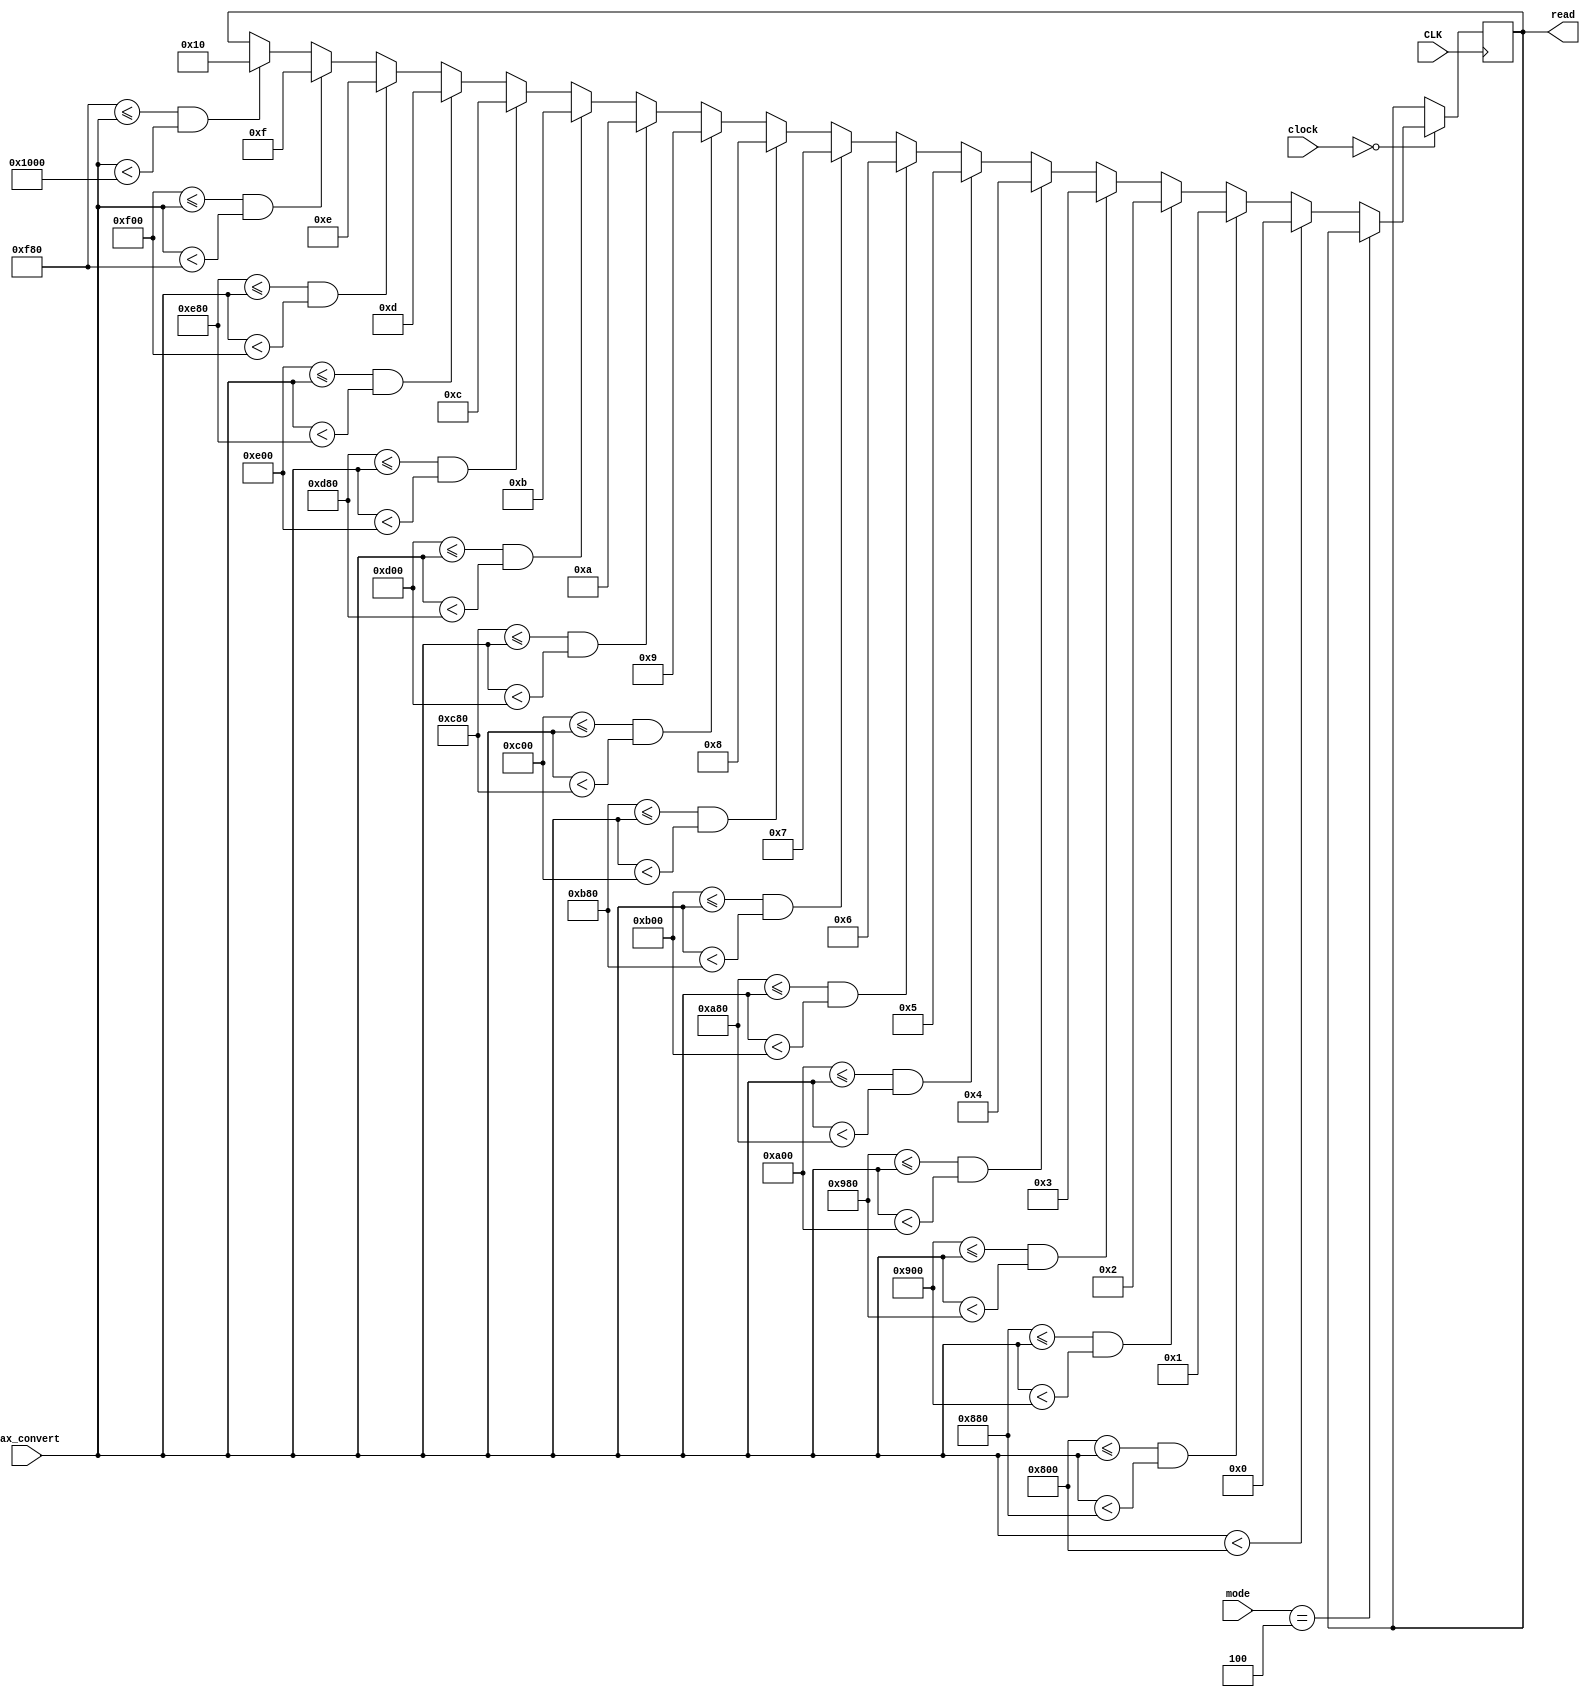
`timescale 1ns / 1ps
//////////////////////////////////////////////////////////////////////////////////
// Company: 
// Engineer: 
// 
// Design Name: 
// Module Name: Convert_max_mic_slow
// Project Name: 
// Target Devices: 
// Tool Versions: 
// Description: 
// 
// Dependencies: 
// 
// Revision:
// Revision 0.01 - File Created
// Additional Comments:
// 
//////////////////////////////////////////////////////////////////////////////////


module Convert_max_mic_slow(input CLK,input [24:0] clock,input [11:0] max_convert,input [3:0] mode,
                            output reg [4:0] read);
     always @ (posedge CLK)
     begin
        if (clock == 0)
            if (mode == 4)
            begin
                read <= read;
            end
            else begin
            if (max_convert < 2048) read <= 0;
            else if (2048 <= max_convert && max_convert < 2176) read <= 1;
            else if (2176 <= max_convert && max_convert < 2304) read <= 2;
            else if (2304 <= max_convert && max_convert < 2432) read <= 3;
            else if (2432 <= max_convert && max_convert < 2560) read <= 4; 
            else if (2560 <= max_convert && max_convert < 2688) read <= 5; 
            else if (2688 <= max_convert && max_convert < 2816) read <= 6;
            else if (2816 <= max_convert && max_convert < 2944) read <= 7;
            else if (2944 <= max_convert && max_convert < 3072) read <= 8;
            else if (3072 <= max_convert && max_convert < 3200) read <= 9; 
            else if (3200 <= max_convert && max_convert < 3328) read <= 10;
            else if (3328 <= max_convert && max_convert < 3456) read <= 11;
            else if (3456 <= max_convert && max_convert < 3584) read <= 12;
            else if (3584 <= max_convert && max_convert < 3712) read <= 13;
            else if (3712 <= max_convert && max_convert < 3840) read <= 14;
            else if (3840 <= max_convert && max_convert < 3968) read <= 15;
            else if (3968 <= max_convert && max_convert < 4096) read <= 16;
            end 
    end
endmodule